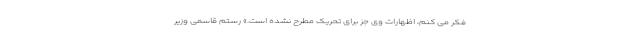
فکر می کنم، اظهارات وی جز برای تحریک مطرح نشده است.» رستم قاسمی وزیر